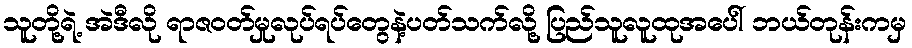
သူတို့ရဲ့ အဲဒီလို ရာဇဝတ်မှုလုပ်ရပ်တွေနဲ့ပတ်သက်လို့ ပြည်သူလူထုအပေါ် ဘယ်တုန်းကမှ